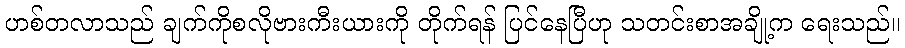
ဟစ်တလာသည် ချက်ကိုစလိုဗားကီးယားကို တိုက်ရန် ပြင်နေပြီဟု သတင်းစာအချို့က ရေးသည်။